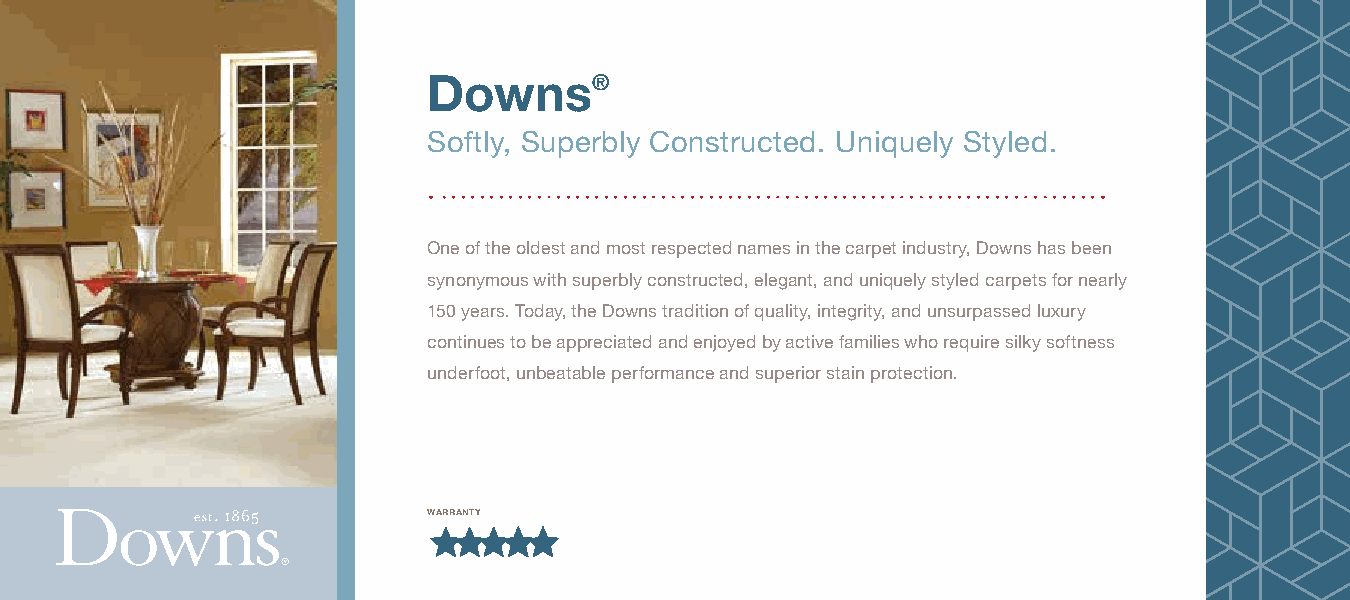
Downs®
 Softly, Superbly Constructed. Uniquely Styled.
 One of the oldest and most respected names in the carpet industry, Downs has been
 synonymous with superbly constructed, elegant, and uniquely styled carpets for nearly
 150 years. Today, the Downs tradition of quality, integrity, and unsurpassed luxury
 continues to be appreciated and enjoyed by active families who require silky softness
 underfoot, unbeatable performance and superior stain protection.
 warranty